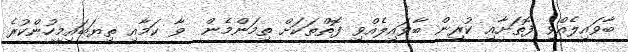
ބާވައިލެއްވި ފޮތަށާއި ކުރިން ބާވައިލެއްވި ފޮތްތަކަށް ތިމަންމެން  ވާ ކަމާއި ތިޔަބައިމީހުންކުރެ